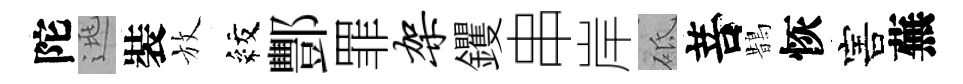
陀逃裝放紋酆罪架钁串岸砥菩鵲恢害蕪